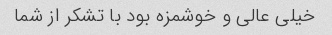
خیلی عالی و خوشمزه بود با تشکر از شما